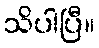
သိပါပြီ။